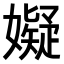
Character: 𫲆